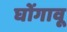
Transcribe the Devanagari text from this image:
घोंगावू